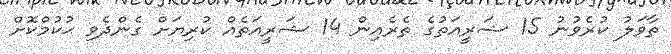
ތާވަލު ކުރެވުނު 15 ޝަރީއަތުގެ ތެރެއިން 14 ޝަރީއަތެއް ކުރިޔަށް ގެންދެވި ޙުކުމްކޮށް